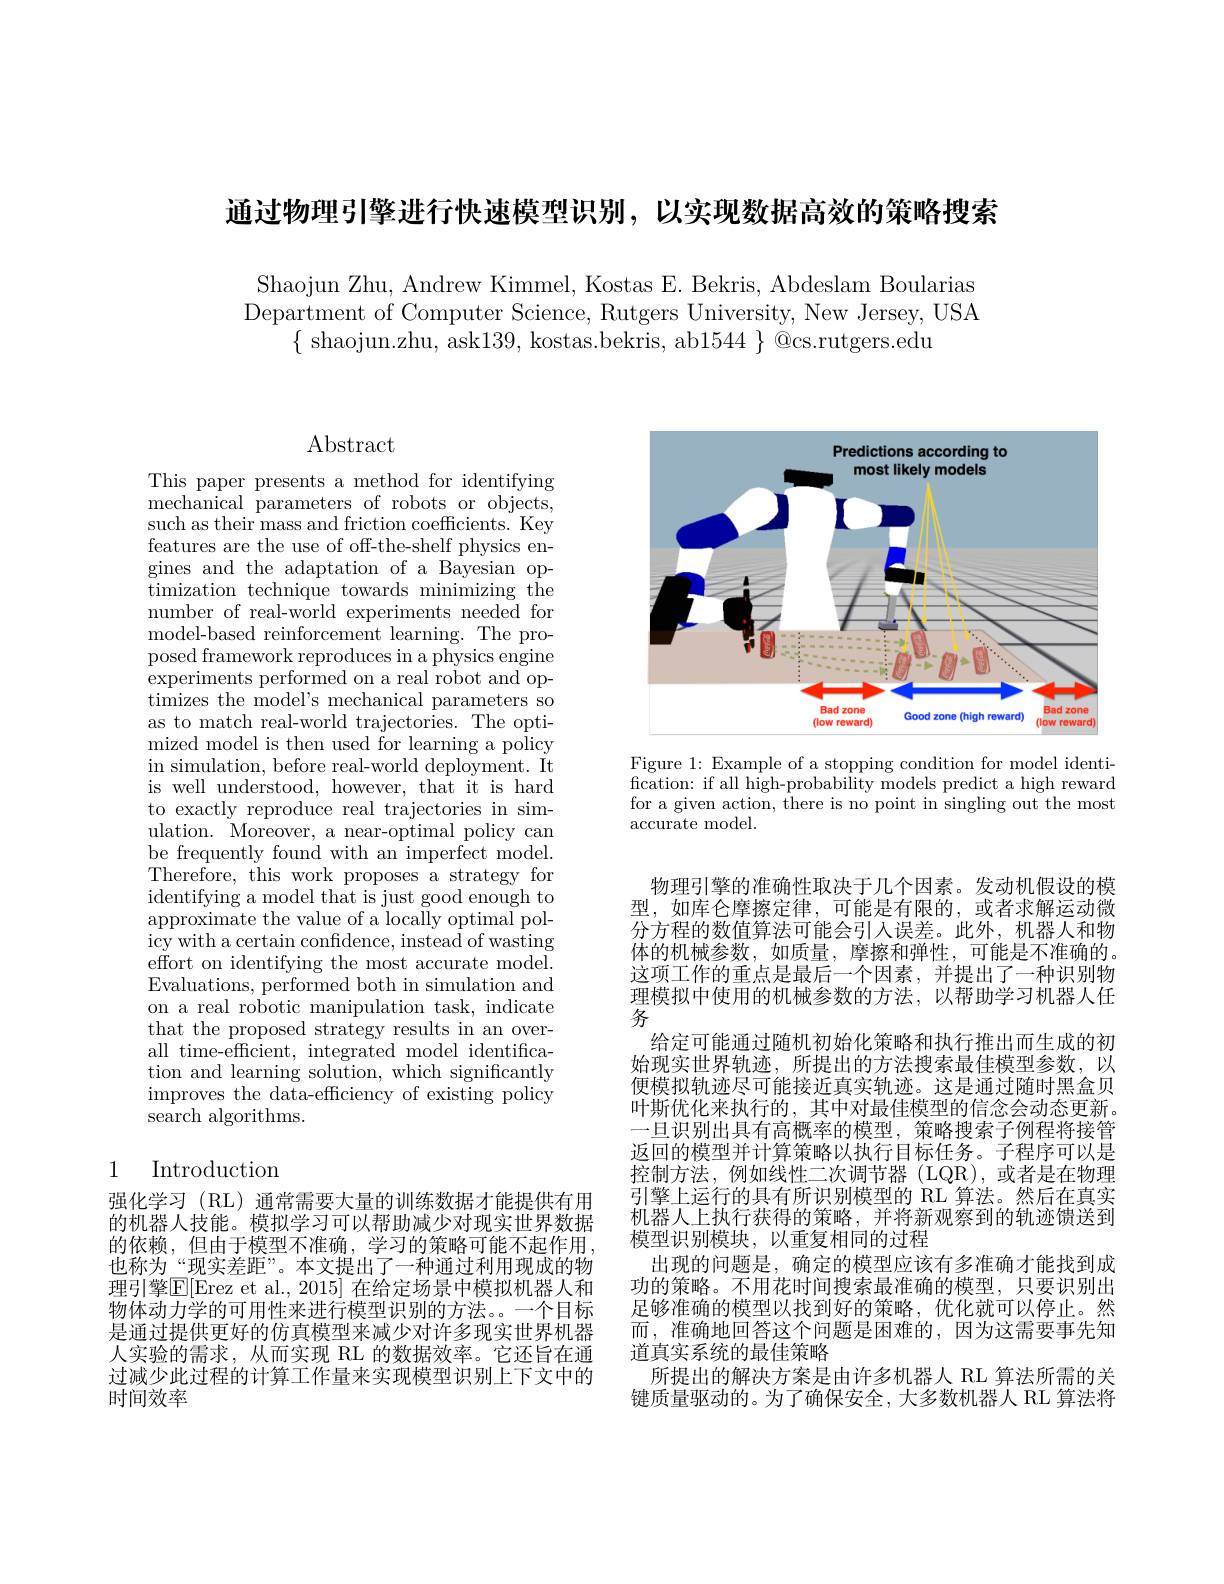
通过物理引擎进行快速模型识别，以实现数据高效的策略搜索

Shaojun Zhu, Andrew Kimmel, Kostas E. Bekris, Abdeslam Boularias Department of Computer Science, Rutgers University, New Jersey, USA
$\{$ shaojun.zhu, ask139, kostas.bekris, ab$1544\}$ @cs.rutgers.edu

Abstract

This paper presents a method for identifying mechanical parameters of robots or objects, such as their mass and friction coefficients. Key features are the use of off-the-shelf physics engines and the adaptation of a Bayesian optimization technique towards minimizing the number of real-world experiments needed for model-based reinforcement learning. The proposed framework reproduces in a physics engine experiments performed on a real robot and optimizes the model's mechanical parameters so as to match real-world trajectories. The optimized model is then used for learning a policy in simulation, before real-world deployment. It is well understood, however, that it is hard to exactly reproduce real trajectories in simulation. $\tilde{\text{Moreover, a near-optimal policy can}}$ be frequently found with an imperfect model. Therefore, this work proposes a strategy for identifying a model that is just good enough to approximate the value of a locally optimal pol- $\operatorname*{icy}$with a certain confdence, instead of wasting effort on identifying the most accurate model. Evaluations, performed both in simulation and on a real robotic manipulation task, indicate that the proposed strategy results in an overall time-efficient, integrated model identification and learning solution, which significantly improves the data-efficiency of existing policy search algorithms.

## 1 Introduction

强化学习(RL)通常需要大量的训练数据才能提供有用的机器人技能。模拟学习可以帮助减少对现实世界数据的依赖，但由于模型不准确，学习的策略可能不起作用， 也称为“现实差距”。本文提出了一种通过利用现成的物理引擎$\mathbb{E}[$Erez et al., 2015] 在给定场景中模拟机器人和物体动力学的可用性来进行模型识别的方法。。一个目标是通过提供更好的仿真模型来减少对许多现实世界机器人实验的需求，从而实现 RL 的数据效率。它还旨在通过减少此过程的计算工作量来实现模型识别上下文中的时间效率

<FigureHere>

Figure 1: Example of a stopping condition for model identification: if all high-probability models predict a high reward for a given action, there is no point in singling out the most accurate model.

物理引擎的准确性取决于几个因素。发动机假设的模型，如库仑摩擦定律，可能是有限的，或者求解运动微分方程的数值算法可能会引人误差。此外，机器人和物体的机械参数，如质量，摩擦和弹性，可能是不准确的。这项工作的重点是最后一个因素，并提出了一种识别物理模拟中使用的机械参数的方法，以帮助学习机器人任务
给定可能通过随机初始化策略和执行推出而生成的初始现实世界轨迹，所提出的方法搜索最佳模型参数，以便模拟轨迹尽可能接近真实轨迹。这是通过随时黑盒贝叶斯优化来执行的，其中对最佳模型的信念会动态更新。一旦识别出具有高概率的模型，策略搜索子例程将接管返回的模型并计算策略以执行目标任务。子程序可以是控制方法，例如线性二次调节器(LQR),或者是在物理引擎上运行的具有所识别模型的 RL 算法。然后在真实机器人上执行获得的策略，并将新观察到的轨迹馈送到模型识别模块，以重复相同的过程
出现的问题是，确定的模型应该有多准确才能找到成功的策略。不用花时间搜索最准确的模型，只要识别出足够准确的模型以找到好的策略，优化就可以停止。然而，准确地回答这个问题是困难的，因为这需要事先知道真实系统的最佳策略
所提出的解决方案是由许多机器人 RL 算法所需的关键质量驱动的。为了确保安全，大多数机器人 RL 算法将